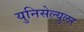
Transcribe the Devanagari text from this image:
युनिसेल्युलर